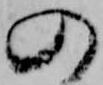
の